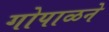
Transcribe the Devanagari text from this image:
गोपाळने